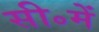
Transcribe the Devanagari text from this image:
सी॰में